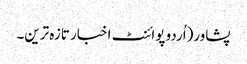
پشاور(اُردو پوائنٹ اخبار تازہ ترین۔